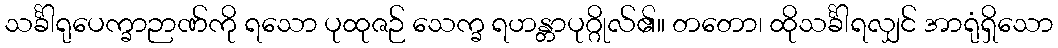
သင်္ခါရုပေက္ခာဉာဏ်ကို ရသော ပုထုဇဉ် သေက္ခ ရဟန္တာပုဂ္ဂိုလ်၏။ တတော၊ ထိုသင်္ခါရလျှင် အာရုံရှိသော